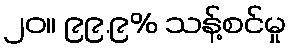
၂၀။ ၉၉.၉% သန့်စင်မှု